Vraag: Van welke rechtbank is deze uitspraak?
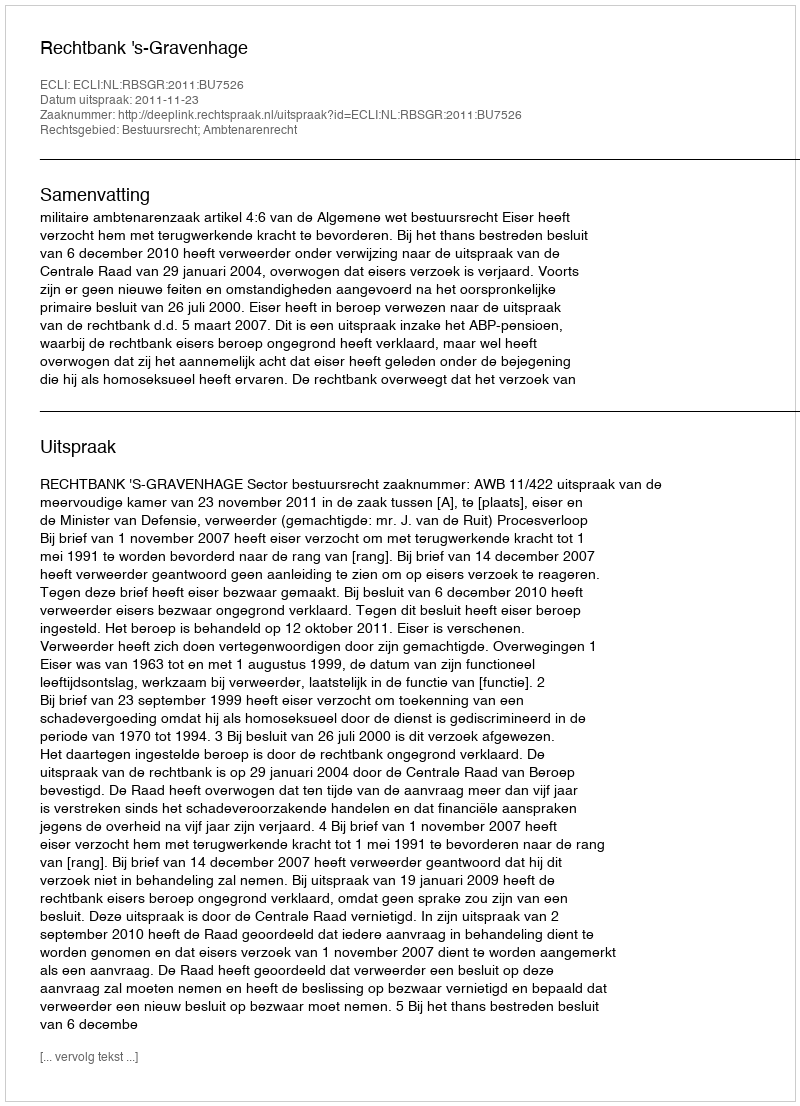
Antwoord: Rechtbank 's-Gravenhage